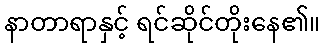
နာတာရာနှင့် ရင်ဆိုင်တိုးနေ၏။